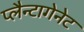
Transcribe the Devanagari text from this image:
प्लैन्टागेनेट